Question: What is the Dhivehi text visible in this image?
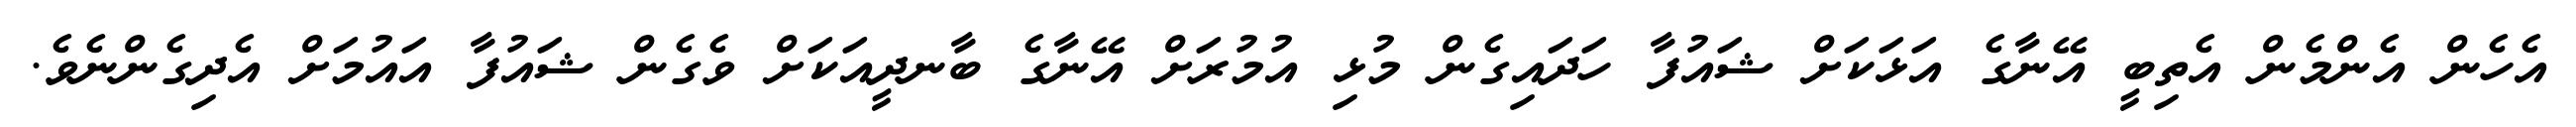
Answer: އެހެން އެންމެން އެތިބީ އޭނާގެ އަޅަކަށް ޝައުފާ ހަދައިގެން މުޅި އުމުރަށް އޭނާގެ ބާނދީއަކަށް ވެގެން ޝައުފާ އައުމަށް އެދިގެންނެވެ.